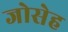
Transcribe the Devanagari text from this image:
जोसेह